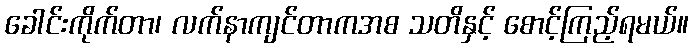
ခေါင်းကိုက်တာ၊ လက်နာကျင်တာကအစ သတိနှင့် စောင့်ကြည့်ရမယ်။